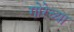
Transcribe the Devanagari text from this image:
गोरेच्या